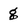
Character: g